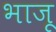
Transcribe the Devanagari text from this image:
भाजू